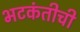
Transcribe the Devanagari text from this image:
भटकंतीची